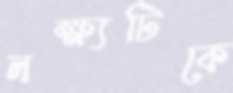
লক্ষ্যটিকে